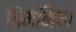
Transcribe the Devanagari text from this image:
चिमनियां